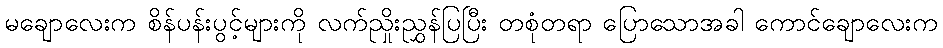
မချောလေးက စိန်ပန်းပွင့်များကို လက်ညှိုးညွှန်ပြပြီး တစုံတရာ ပြောသောအခါ ကောင်ချောလေးက